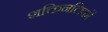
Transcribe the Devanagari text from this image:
शक्तिनलिकों